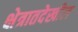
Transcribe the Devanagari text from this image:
क्षेत्रातदेखील